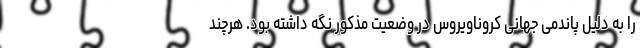
را به دلیل پاندمی جهانی کروناویروس در وضعیت مذکور نگه داشته بود. هرچند